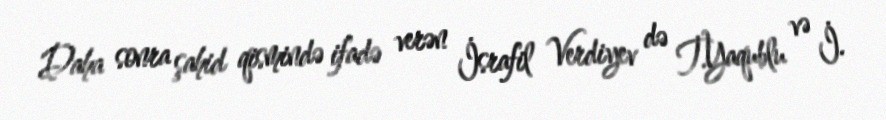
Daha sonra şahid qismində ifadə verən İsrafil Verdiyev də T.Yaqublu və İ.